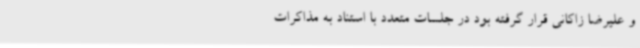
و علیرضا زاکانی قرار گرفته بود در جلسات متعدد با استناد به مذاکرات